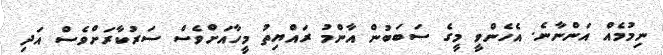
ނިމުމެއް އަންނާނެ. އެހެންވީ މީގެ ސަބަބުން އާންމު ރައްޔިތު މީހާއަށްވެސް ސަރުކާރަށްވެސް އަދި